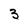
Character: 3